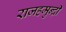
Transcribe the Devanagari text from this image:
राजहमुन्द्री